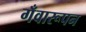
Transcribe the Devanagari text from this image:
गँवारूपन